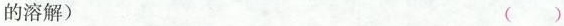
的溶解) （）